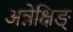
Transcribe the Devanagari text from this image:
अन्नेक्षिङ्